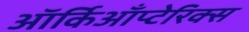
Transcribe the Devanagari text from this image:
ऑर्किआँप्टेरिक्स